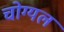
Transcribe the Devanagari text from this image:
चोग्यल